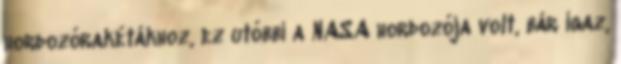
hordozórakétákhoz, ez utóbbi a NASA hordozója volt, bár igaz,